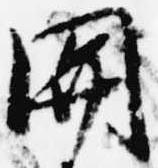
関